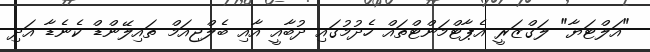
"އަލްޓަޔާ" ލަގްޒަރީ އެޕާޓްމަންޓްތައް ހެދުމުގައި ދުބާއީ އާއި ބެލްޖިއަމް ތައިލޭންޑް ކެނެޑާ އަދި